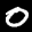
Label: 0